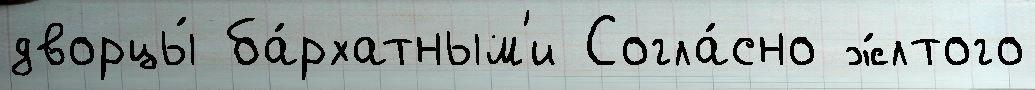
дворцы́ ба́рхатным'и Согла́сно ж́лтого